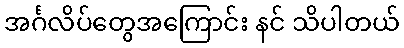
အင်္ဂလိပ်တွေအကြောင်း နင် သိပါတယ်